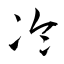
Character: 冷